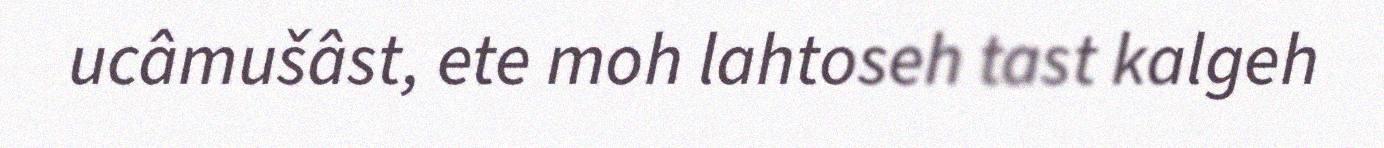
ucâmušâst, ete moh lahtoseh tast kalgeh